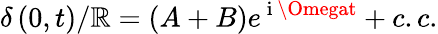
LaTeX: \delta\left(0,t\right)/\mathbb{R}=\left(A+B\right)e^{\mathrm{{~i~}}\Omegat}+c.c.